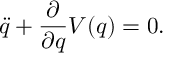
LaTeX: \ddot { q } + \frac { \partial } { \partial q } V ( q ) = 0 .